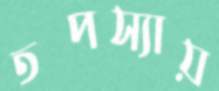
তপস্যায়